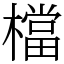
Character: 檔